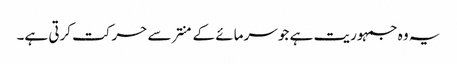
یہ وہ جمہوریت ہے جو سرمائے کے منتر سے حرکت کرتی ہے۔